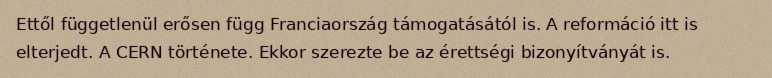
Ettől függetlenül erősen függ Franciaország támogatásától is. A reformáció itt is elterjedt. A CERN története. Ekkor szerezte be az érettségi bizonyítványát is.